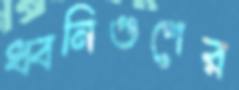
ধ্বনিগুণের